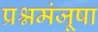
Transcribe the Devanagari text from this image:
प्रश्नमंजूषा